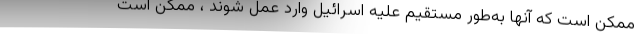
ممکن است که آنها به‌طور مستقیم علیه اسرائیل وارد عمل شوند ، ممکن است